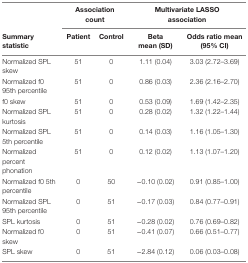
|  | <COLSPAN=2> Association count | <COLSPAN=2> Multivariate LASSO association |
 | Summary statistic | Patient | Control | Beta mean (SD) | Odds ratio mean (95% CI) |
 | --- | --- | --- | --- | --- |
 | Normalized SPL skew | 51 | 0 | 1.11 (0.04) | 3.03 (2.72–3.69) |
 | Normalized f0 95th percentile | 51 | 0 | 0.86 (0.03) | 2.36 (2.16–2.70) |
 | f0 skew | 51 | 0 | 0.53 (0.09) | 1.69 (1.42–2.35) |
 | Normalized SPL kurtosis | 51 | 0 | 0.28 (0.02) | 1.32 (1.22–1.44) |
 | Normalized SPL 5th percentile | 51 | 0 | 0.14 (0.03) | 1.16 (1.05–1.30) |
 | Normalized percent phonation | 51 | 0 | 0.12 (0.02) | 1.13 (1.07–1.20) |
 | Normalized f0 5th percentile | 0 | 50 | −0.10 (0.02) | 0.91 (0.85–1.00) |
 | Normalized SPL 95th percentile | 0 | 51 | −0.17 (0.03) | 0.84 (0.77–0.91) |
 | SPL kurtosis | 0 | 51 | −0.28 (0.02) | 0.76 (0.69–0.82) |
 | Normalized f0 skew | 0 | 51 | −0.41 (0.07) | 0.66 (0.51–0.77) |
 | SPL skew | 0 | 51 | −2.84 (0.12) | 0.06 (0.03–0.08) |